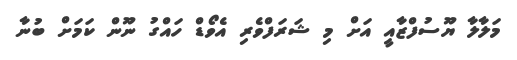
މަލާލާ ޔޫސުފްޒާއީ އަށް މި ޝަރަފްވެރި އެވޯޑް ހައްގު ނޫން ކަމަށް ބުނާ